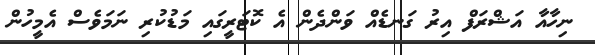
ނިހާއާ އަޝްރަފް އިރު ގަނޑެއް ވަންދެން އެ ކޮޓަރީގައި މަޑުކުރި ނަމަވެސް އެމީހުން